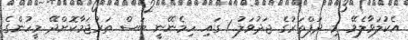
އެކުލަވާލެވޭ މި ދަފްތަރުގެ ޖަދުވަލު 1 ގައި ހިމެނޭނީ ބަސް ތަރުޖަމާކޮށްދޭ މީހުންގެ